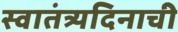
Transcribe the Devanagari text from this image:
स्वातंत्र्यदिनाची